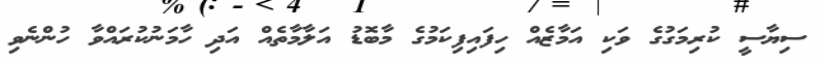
ސިޔާސީ ކުރިމަގުގެ ވަކި އަމާޒެއް ހިފައިފިކަމުގެ މާބޮޑު އަލާމާތެއް އަދި ހާމަނުކުރައްވާ ހުންނެވި